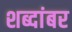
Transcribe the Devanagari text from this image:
शब्दांबर